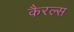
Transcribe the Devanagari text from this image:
कैरल्स